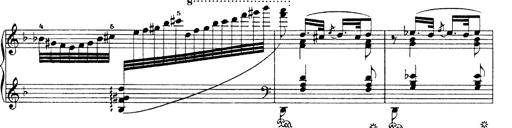
Title: Hungarian Rhapsody No.19
Composer: Franz Liszt
Key: D minor